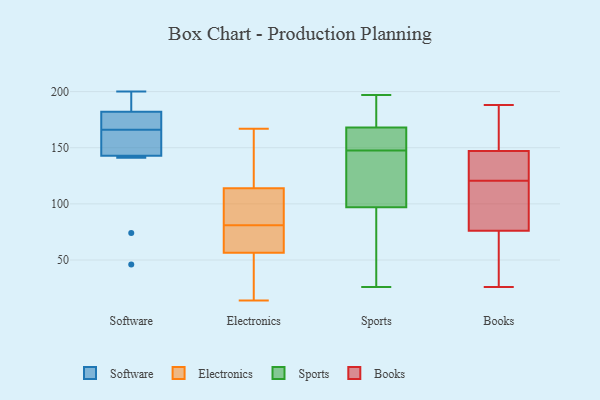
{"axis": {"x": "Operating Costs (USD K)", "y": "Value"}, "legend": ["Books", "Electronics", "Software", "Sports"], "data": [{"x": "", "y": 141, "type": "Software"}, {"x": "", "y": 197, "type": "Software"}, {"x": "", "y": 46, "type": "Software"}, {"x": "", "y": 148, "type": "Software"}, {"x": "", "y": 200, "type": "Software"}, {"x": "", "y": 184, "type": "Software"}, {"x": "", "y": 176, "type": "Software"}, {"x": "", "y": 155, "type": "Software"}, {"x": "", "y": 74, "type": "Software"}, {"x": "", "y": 166, "type": "Software"}, {"x": "", "y": 170, "type": "Software"}, {"x": "", "y": 56, "type": "Electronics"}, {"x": "", "y": 76, "type": "Electronics"}, {"x": "", "y": 37, "type": "Electronics"}, {"x": "", "y": 118, "type": "Electronics"}, {"x": "", "y": 66, "type": "Electronics"}, {"x": "", "y": 160, "type": "Electronics"}, {"x": "", "y": 110, "type": "Electronics"}, {"x": "", "y": 167, "type": "Electronics"}, {"x": "", "y": 106, "type": "Electronics"}, {"x": "", "y": 85, "type": "Electronics"}, {"x": "", "y": 27, "type": "Electronics"}, {"x": "", "y": 46, "type": "Electronics"}, {"x": "", "y": 136, "type": "Electronics"}, {"x": "", "y": 97, "type": "Electronics"}, {"x": "", "y": 69, "type": "Electronics"}, {"x": "", "y": 77, "type": "Electronics"}, {"x": "", "y": 85, "type": "Electronics"}, {"x": "", "y": 57, "type": "Electronics"}, {"x": "", "y": 14, "type": "Electronics"}, {"x": "", "y": 131, "type": "Electronics"}, {"x": "", "y": 170, "type": "Sports"}, {"x": "", "y": 168, "type": "Sports"}, {"x": "", "y": 158, "type": "Sports"}, {"x": "", "y": 97, "type": "Sports"}, {"x": "", "y": 164, "type": "Sports"}, {"x": "", "y": 197, "type": "Sports"}, {"x": "", "y": 69, "type": "Sports"}, {"x": "", "y": 117, "type": "Sports"}, {"x": "", "y": 42, "type": "Sports"}, {"x": "", "y": 183, "type": "Sports"}, {"x": "", "y": 159, "type": "Sports"}, {"x": "", "y": 26, "type": "Sports"}, {"x": "", "y": 137, "type": "Sports"}, {"x": "", "y": 132, "type": "Sports"}, {"x": "", "y": 143, "type": "Books"}, {"x": "", "y": 188, "type": "Books"}, {"x": "", "y": 101, "type": "Books"}, {"x": "", "y": 140, "type": "Books"}, {"x": "", "y": 96, "type": "Books"}, {"x": "", "y": 83, "type": "Books"}, {"x": "", "y": 178, "type": "Books"}, {"x": "", "y": 76, "type": "Books"}, {"x": "", "y": 158, "type": "Books"}, {"x": "", "y": 142, "type": "Books"}, {"x": "", "y": 26, "type": "Books"}, {"x": "", "y": 72, "type": "Books"}, {"x": "", "y": 147, "type": "Books"}, {"x": "", "y": 68, "type": "Books"}]}